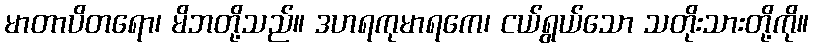
မာတာပိတရော၊ မိဘတို့သည်။ ဒဟရကုမာရကေ၊ ငယ်ရွယ်သော သတိုးသားတို့ကို။